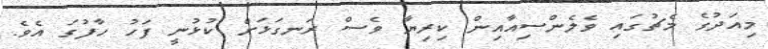
މިއަދުގެ މެޗުގައި ވެލެންސިއާއިން ކިރިޔާ ވެސް ރަނގަޅަށް ކުޅުނީ ފަހު ހާފުގަ އެވެ.